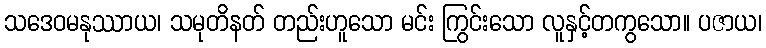
သဒေဝမနုဿာယ၊ သမုတိနတ် တည်းဟူသော မင်း ကြွင်းသော လူနှင့်တကွသော။ ပဇာယ၊